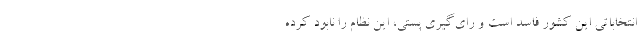
انتخاباتی این کشور فاسد است و رای‌گیری پُستی، این نظام را نابود کرده